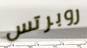
روبرتس